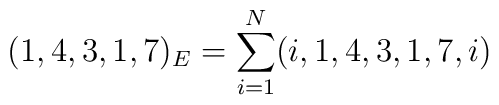
(1,4,3,1,7)_E = \sum_{i=1}^N (i,1,4,3,1,7,i)